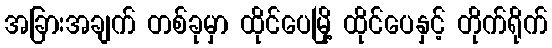
အခြားအချက် တစ်ခုမှာ ထိုင်ပေမြို့ ထိုင်ပေနှင့် တိုက်ရိုက်